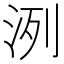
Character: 洌